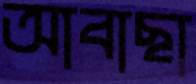
আবাছা